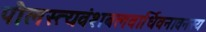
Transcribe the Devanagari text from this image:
पौलस्त्यवंशबलवार्धिवनावनस्य